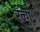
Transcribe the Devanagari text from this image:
रन्ग्